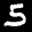
Label: 5